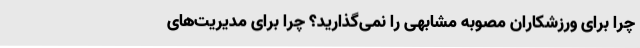
چرا برای ورزشکاران مصوبه مشابهی را نمی‌گذارید؟ چرا برای مدیریت‌های